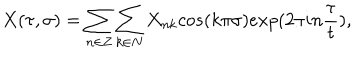
X ( \tau , \sigma ) = \sum _ { n \in Z } \sum _ { k \in N } X _ { n k } c o s ( k \pi \sigma ) e x p ( 2 \pi i n \frac { \tau } { t } ) ,